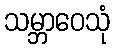
သမ္ဘာဝေသုံ